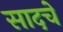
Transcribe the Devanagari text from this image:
सादचे